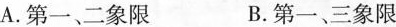
A.第一、二象限 B.第一、三象限